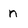
Character: n